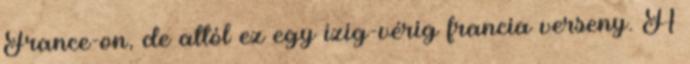
France-on, de attól ez egy ízig-vérig francia verseny. A